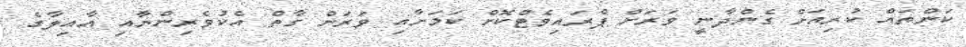
ކަންތައް ކުރިއަށް ގެންދާނީ ވަރަށް ޕްރައިވެޓްކޮށް ކަމަށާއި ވަރަށް ގާތް އެކުވެރިންނާއި އާއިލާގެ